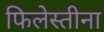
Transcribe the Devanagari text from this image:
फिलेस्तीना